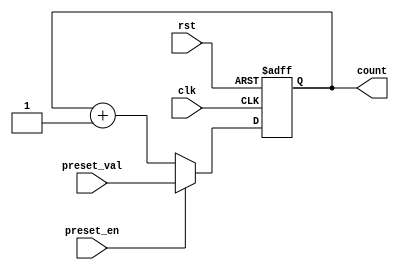
module presettable_counter (
    input wire clk,            // Clock input
    input wire rst,            // Reset input (active-high)
    input wire preset_en,      // Preset Enable input
    input wire [3:0] preset_val, // Preset Value input (4-bit width)
    output reg [3:0] count     // Count output (4-bit width)
);

    // State machine for the counter behavior
    always @(posedge clk or posedge rst) begin
        if (rst) begin
            // On reset, set count to 0
            count <= 4'b0000;
        end else if (preset_en) begin
            // If preset enable is high, load the preset value
            count <= preset_val;
        end else begin
            // Else, increment the count
            count <= count + 1;
        end
    end

endmodule